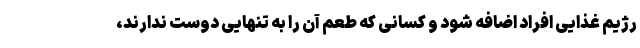
رژیم غذایی افراد اضافه شود و کسانی که طعم آن را به تنهایی دوست ندارند،